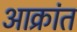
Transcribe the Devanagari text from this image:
अाक्रांत